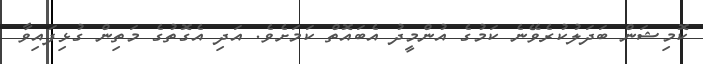
ކޮމިޝަން ބަދަލުކުރެވޭނެ ކަމުގެ އުންމީދު އެބައޮތް ކަމަށެވެ. އަދި އެގޮތުގެ މަތިން ގުޅިފައިވާ